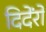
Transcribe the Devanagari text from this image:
दिदेंरो